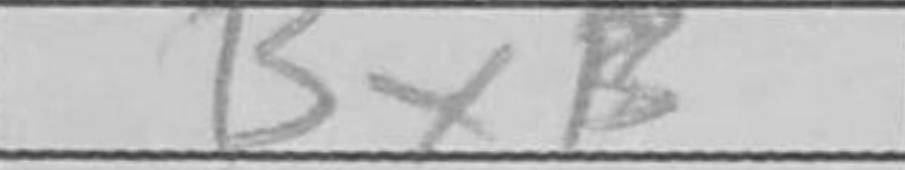
Transcription: BxB